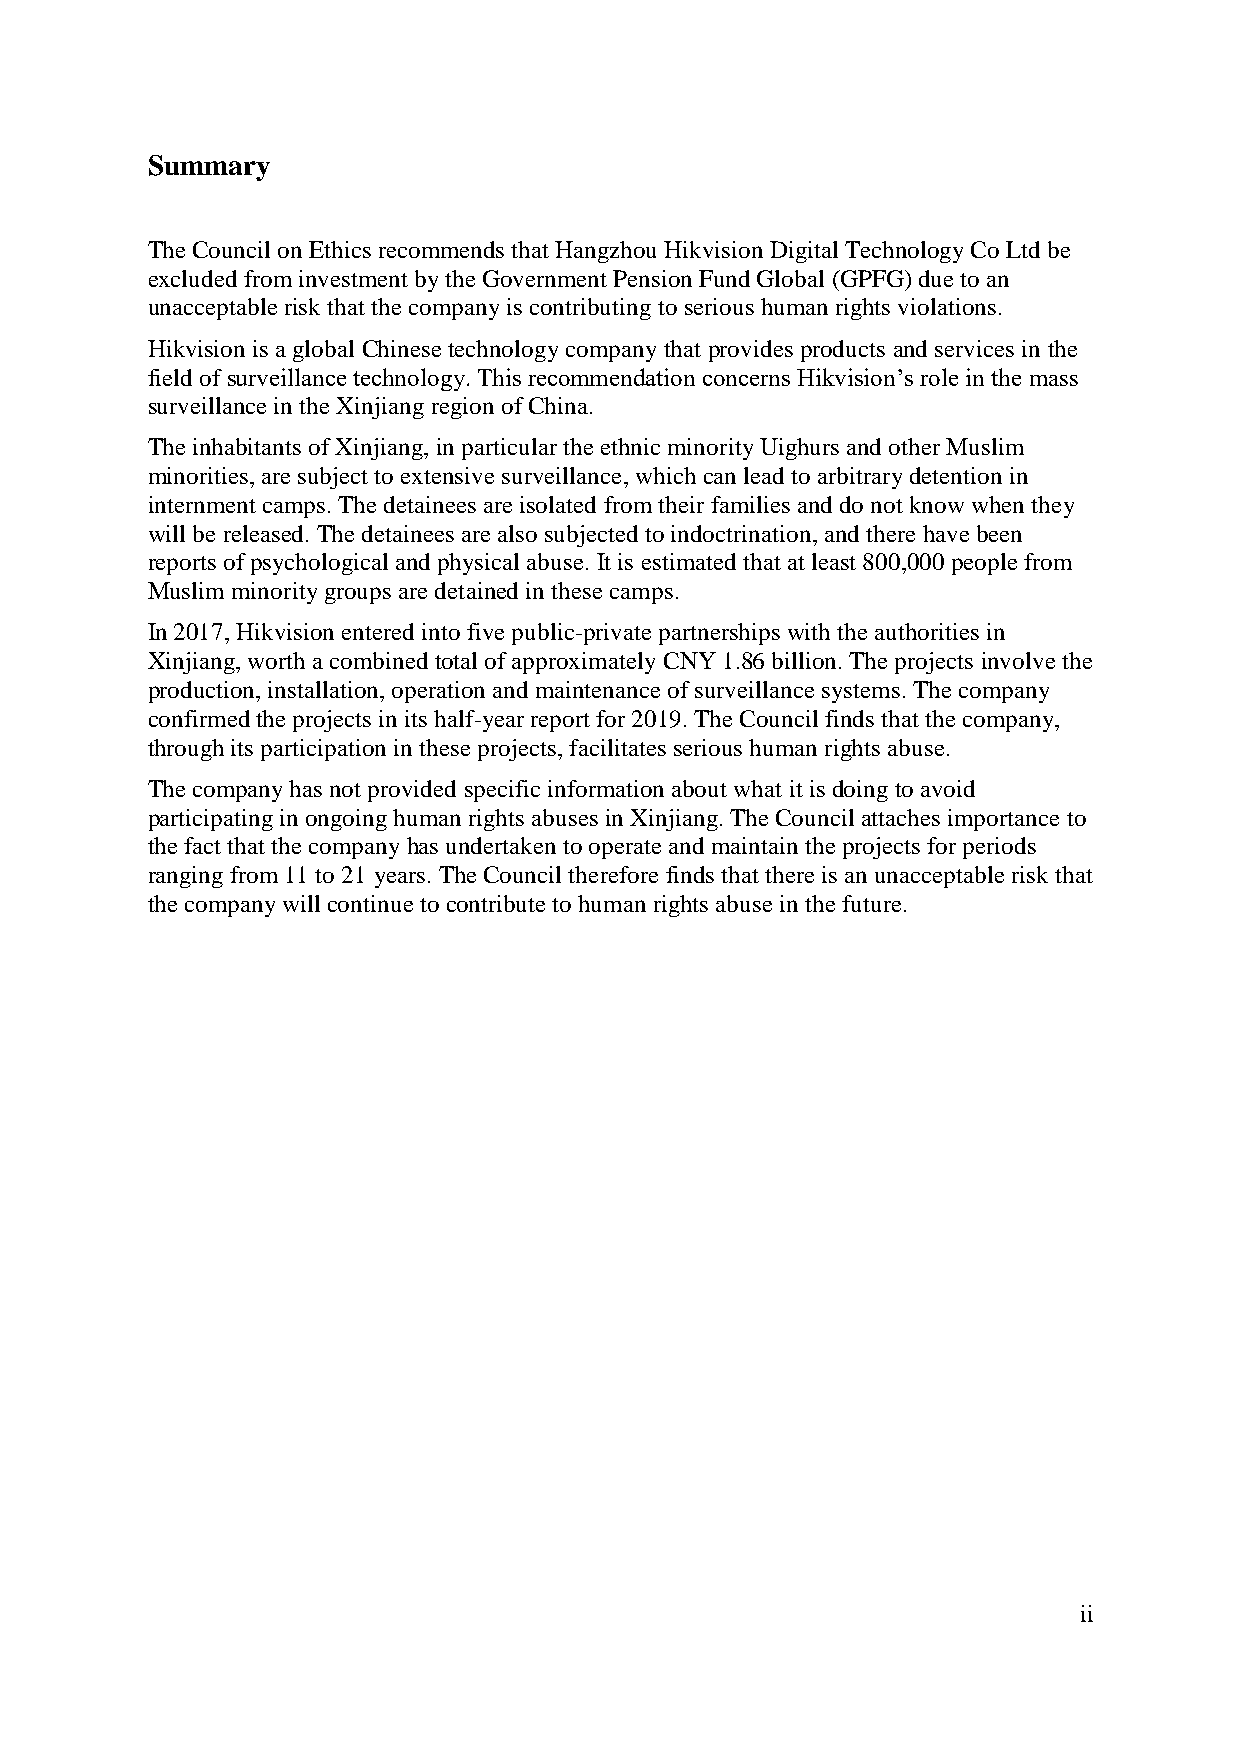
Summary
 The Council on Ethics recommends that Hangzhou Hikvision Digital Technology Co Ltd be
 excluded from investment by the Government Pension Fund Global (GPFG) due to an
 unacceptable risk that the company is contributing to serious human rights violations.
 Hikvision is a global Chinese technology company that provides products and services in the
 field of surveillance technology. This recommendation concerns Hikvision’s role in the mass
 surveillance in the Xinjiang region of China.
 The inhabitants of Xinjiang, in particular the ethnic minority Uighurs and other Muslim
 minorities, are subject to extensive surveillance, which can lead to arbitrary detention in
 internment camps. The detainees are isolated from their families and do not know when they
 will be released. The detainees are also subjected to indoctrination, and there have been
 reports of psychological and physical abuse. It is estimated that at least 800,000 people from
 Muslim minority groups are detained in these camps.
 In 2017, Hikvision entered into five public-private partnerships with the authorities in
 Xinjiang, worth a combined total of approximately CNY 1.86 billion. The projects involve the
 production, installation, operation and maintenance of surveillance systems. The company
 confirmed the projects in its half-year report for 2019. The Council finds that the company,
 through its participation in these projects, facilitates serious human rights abuse.
 The company has not provided specific information about what it is doing to avoid
 participating in ongoing human rights abuses in Xinjiang. The Council attaches importance to
 the fact that the company has undertaken to operate and maintain the projects for periods
 ranging from 11 to 21 years. The Council therefore finds that there is an unacceptable risk that
 the company will continue to contribute to human rights abuse in the future.
 ii